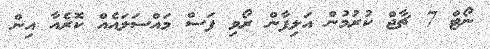
ނޯޓް 7 ޗާޖް ކުރުމުން އަލިފާން ރޯވި ފަސް މައްސަލައެއް ކޮރެއާ އިން